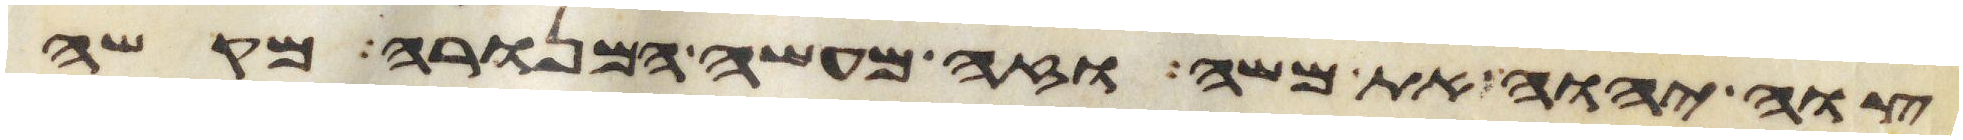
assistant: צוה יהוה את משה וזה מעשה המנורה מקשה